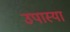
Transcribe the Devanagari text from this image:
उपास्या